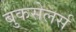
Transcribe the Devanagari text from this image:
बुकसेलर्स